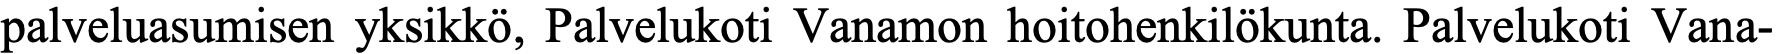
palveluasumisen yksikkö, Palvelukoti Vanamon hoitohenkilökunta. Palvelukoti Vana-